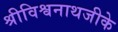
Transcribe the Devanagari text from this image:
श्रीविश्वनाथजीके